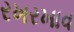
રખરખાવ